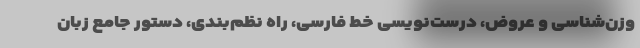
وزن‌شناسی و عروض، درست‌نویسی‌ خط فارسی، راه نظم‌بندی، دستور جامع زبان